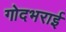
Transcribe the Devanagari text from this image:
गोदभराई